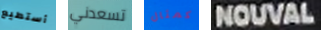
أستطيع تسعدني كمثال NOUVAL